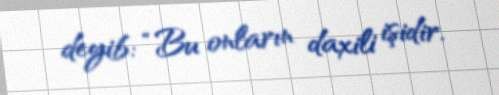
deyib: “Bu onların daxili işidir.